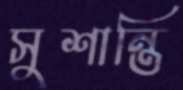
সুশান্তি